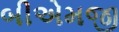
બીએમજી